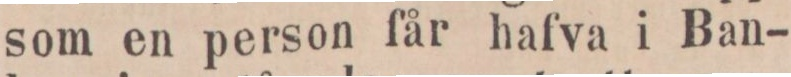
som en person får hafva i Ban-